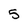
Character: 5